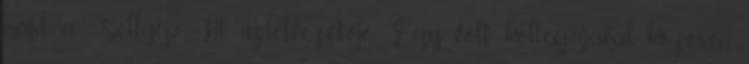
majd a Sellyép Bt. üzletvezetôje. Egy volt kollégájával közösen